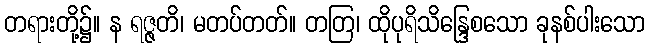
တရားတို့၌။ န ရဇ္ဇတိ၊ မတပ်တတ်။ တတြ၊ ထိုပုရိသိန္ဒြေစသော ခုနစ်ပါးသော